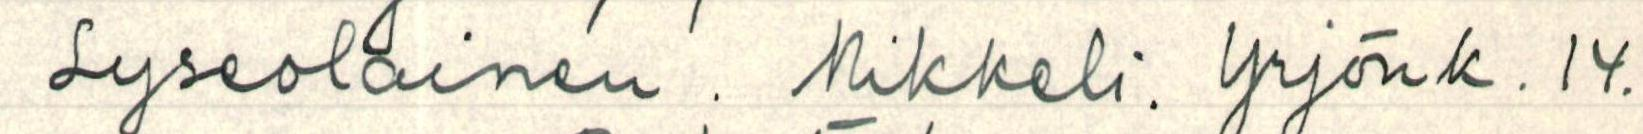
Lyseolainen. Mikkeli. Yrjönk. 14.